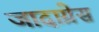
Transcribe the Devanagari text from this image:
जादाग्रेस